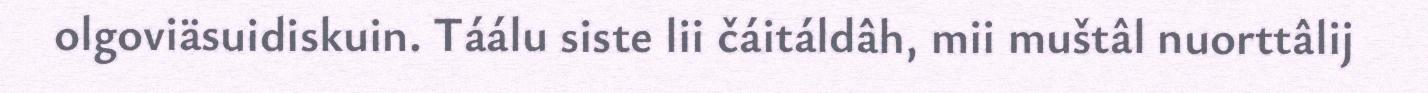
olgoviäsuidiskuin. Táálu siste lii čáitáldâh, mii muštâl nuorttâlij